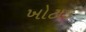
ખોટાઙ